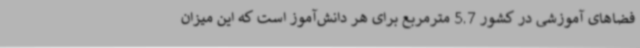
فضاهای آموزشی در کشور 5.7 مترمربع برای هر دانش‌آموز است که این میزان